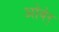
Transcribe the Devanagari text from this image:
ओबेर्